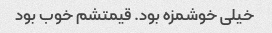
خیلی خوشمزه بود. قیمتشم خوب بود